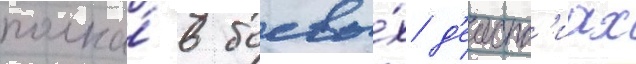
полка́ в боевы́х д'еиств'иах